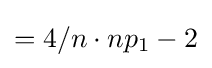
=4/n\cdot np_{1}-2